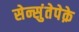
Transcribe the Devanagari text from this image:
सेन्सुंतेपेक़े